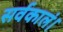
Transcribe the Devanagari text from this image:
सर्वकालं।